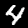
Digit: 4